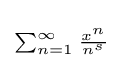
\scriptstyle \sum _{n=1}^{\infty }{\frac {x^{n}}{n^{s}}}